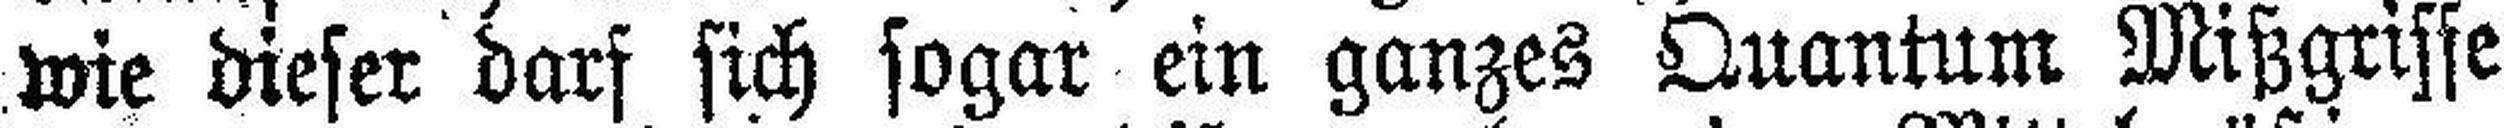
wie dieser darf sich sogar ein ganzes Quantum Mißgriffe